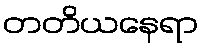
တတိယနေရာ